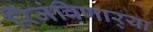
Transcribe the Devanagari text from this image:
रिंजंविणार्‍या